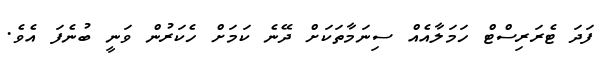
ފަދަ ޓެރަރިސްޓް ހަމަލާއެއް ސިނަމާތަކަށް ދޭނެ ކަމަށް ހެކަރުން ވަނީ ބުނެފަ އެވެ.